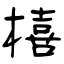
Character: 橲